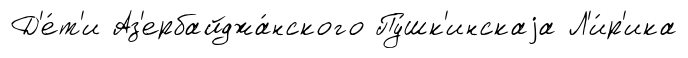
Д'е́т'и Аз'ербайджа́нского Пу́шк'инскаjа Л'и́р'ика